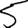
Digit: 5